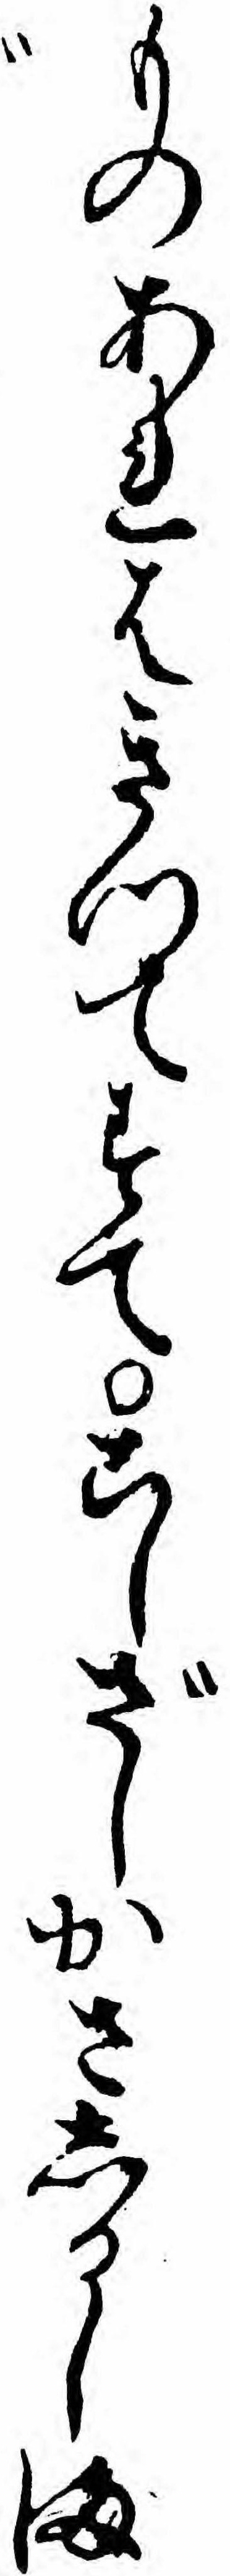
ものあれはきつてすてこしざしかさしるしま